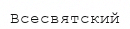
Всесвятский